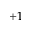
+ 1